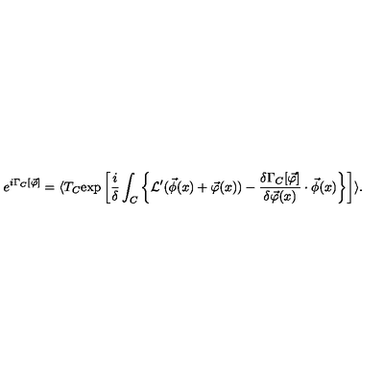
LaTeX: e ^ { i \Gamma _ { C } [ \vec { \varphi } ] } = \langle T _ { C } \mathrm { e x p } \left[ \frac { i } { \delta } \int _ { C } \left\{ { \cal L } ^ { \prime } ( \vec { \phi } ( x ) + \vec { \varphi } ( x ) ) - \frac { \delta \Gamma _ { C } [ \vec { \varphi } ] } { \delta \vec { \varphi } ( x ) } \cdot \vec { \phi } ( x ) \right\} \right] \rangle .